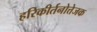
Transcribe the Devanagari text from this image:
हरिकीर्तनोत्तेजक